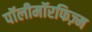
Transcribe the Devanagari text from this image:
पॉलीमॉरफिज़्म